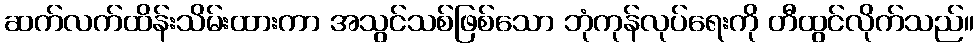
ဆက်လက်ထိန်းသိမ်းထားကာ အသွင်သစ်ဖြစ်သော ဘုံကုန်လုပ်ရေးကို တီထွင်လိုက်သည်။